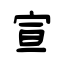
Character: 宣